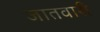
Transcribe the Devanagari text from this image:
जातवारी